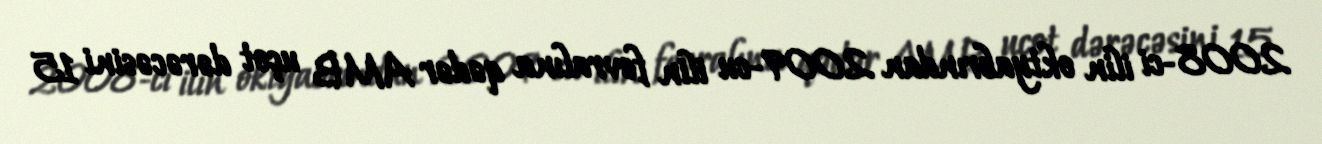
2008-ci ilin oktyabrından 2009-cu ilin fevralına qədər AMB uçot dərəcəsini 15